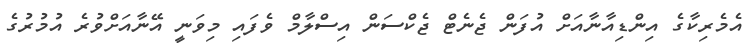
އެމެރިކާގެ އިންޑިއާނާއަށް އުފަން ޖެނެޓް ޖެކްސަން އިސްލާމް ވެފައި މިވަނީ އޭނާއަށްވުރެ އުމުރުގެ